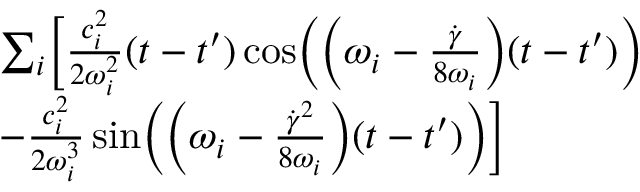
\begin{array} { r l } & { \sum _ { i } \Bigl [ \frac { c _ { i } ^ { 2 } } { 2 \omega _ { i } ^ { 2 } } ( t - t ^ { \prime } ) \cos \Bigl ( \Bigl ( \omega _ { i } - \frac { \dot { \gamma } } { 8 \omega _ { i } } \Bigr ) ( t - t ^ { \prime } ) \Bigr ) } \\ & { - \frac { c _ { i } ^ { 2 } } { 2 \omega _ { i } ^ { 3 } } \sin \Bigl ( \Bigl ( \omega _ { i } - \frac { \dot { \gamma } ^ { 2 } } { 8 \omega _ { i } } \Bigr ) ( t - t ^ { \prime } ) \Bigr ) \Bigr ] } \end{array}